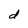
Character: d